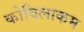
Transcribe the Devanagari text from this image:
कोविलाकम